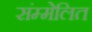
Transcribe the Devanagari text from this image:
संम्मेलित